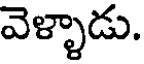
వెళ్ళాడు.